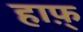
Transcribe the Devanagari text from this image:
हाफ़्